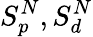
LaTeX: S_{p}^{N},S_{d}^{N}